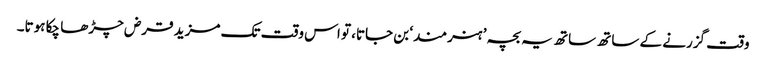
وقت گزرنے کے ساتھ ساتھ یہ بچہ ’ہنرمند‘ بن جاتا، تو اس وقت تک مزید قرض چڑھا چکا ہوتا۔